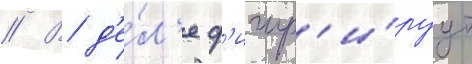
// В д'е́л'е ф'игур'и́руут